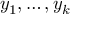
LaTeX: y _ { 1 } , \ldots , y _ { k }